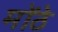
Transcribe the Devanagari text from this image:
मोंठे